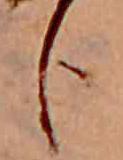
臣